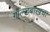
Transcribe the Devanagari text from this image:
गोल्डबाखचा